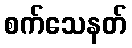
စက်သေနတ်